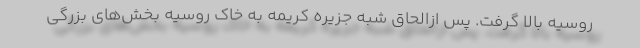
روسیه بالا گرفت. پس ازالحاق شبه جزیره کریمه به خاک روسیه بخش‌های بزرگی